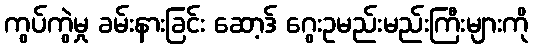
ကွပ်ကွဲမှု ခမ်းနားခြင်း ဆော့ဒ် ဂွေးဥမည်းမည်းကြီးများကို